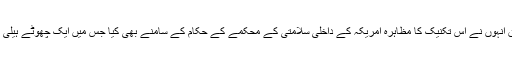
امریکی چینل فاکس نیوز کے مطابق انہوں نے اس تکنیک کا مظاہرہ امریکہ کے داخلی سلامتی کے محکمے کے حکام کے سامنے بھی کیا جس میں ایک چھوٹے ہیلی کاپٹر ڈرون کا نظام کنٹرول کیا گیا۔